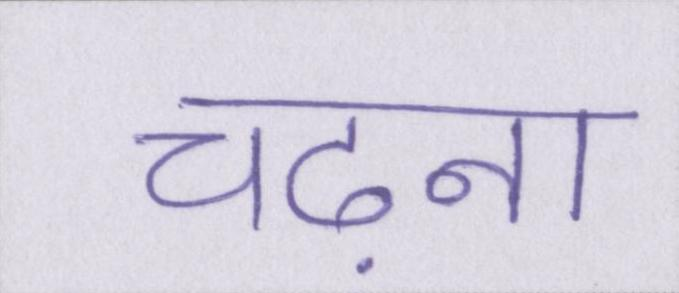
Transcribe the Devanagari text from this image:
चढ़ना